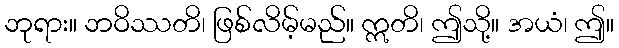
ဘုရား။ ဘဝိဿတိ၊ ဖြစ်လိမ့်မည်။ ဣတိ၊ ဤသို့။ အယံ၊ ဤ။